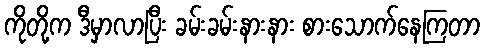
ကိုတို့က ဒီမှာလာပြီး ခမ်းခမ်းနားနား စားသောက်နေကြတာ